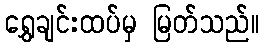
ရွှေချင်းထပ်မှ မြတ်သည်။